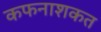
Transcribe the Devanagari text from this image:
कफनाशकत